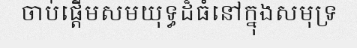
ចាប់ផ្តើមសមយុទ្ធដ៏ធំនៅក្នុងសមុទ្រ